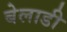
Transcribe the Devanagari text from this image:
बेलाडी